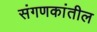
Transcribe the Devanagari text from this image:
संगणकांतील